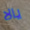
يالا